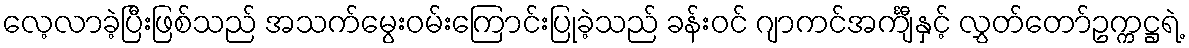
လေ့လာခဲ့ပြီးဖြစ်သည် အသက်မွေးဝမ်းကြောင်းပြုခဲ့သည် ခန်းဝင် ဂျာကင်အင်္ကျီနှင့် လွှတ်တော်ဥက္ကဋ္ဌရဲ့